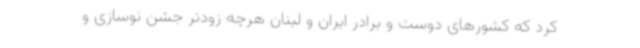
کرد که کشورهای دوست و برادر ایران و لبنان هرچه زودتر جشن نوسازی و